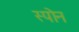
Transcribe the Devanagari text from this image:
स्पोन